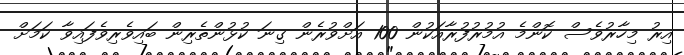
އިރު މިހާރުވެސް ކޮންމެ އުމުރުފުރާއަކުން 100 އަށްވުރެން ގިނަ ކުޅުންތެރިން ބައިވެރިވެފައިވާ ކަމަށް